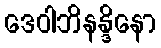
ဒေဝါဘိနန္ဒိနော